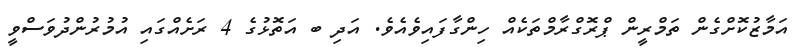
އަމާޒުކޮށްގެން ތަމްރީން ޕްރޮގްރާމްތަކެއް ހިންގާފައިވެއެވެ. އަދި ބ އަތޮޅުގެ 4 ރަށެއްގައި އުމުރުންދުވަސްވީ